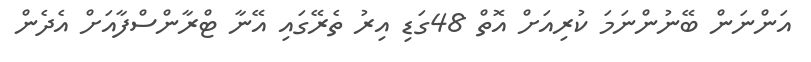
އަންނަން ބޭނުންނަމަ ކުރިއަށް އޮތް 48ގަޑި އިރު ތެރޭގައި އޭނާ ޓްރާންސްފާއަށް އެދެން